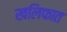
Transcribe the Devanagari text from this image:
खलिफात